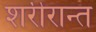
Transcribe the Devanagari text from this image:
शरीरान्त